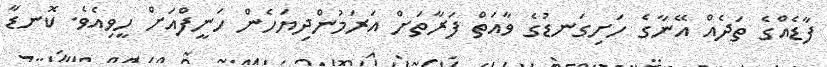
ފާޑެއްގެ ތަދެއް އޭނާގެ ހަށިގަނޑުގެ ވާއަތް ފަރާތަށް އަރަމުންދިޔަހެން ހަނީފްއަށް ހީވިއެވެ. ކޮނޑާ